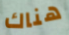
هناك